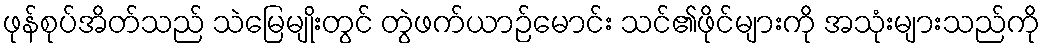
ဖုန်စုပ်အိတ်သည် သဲမြေမျိုးတွင် တွဲဖက်ယာဉ်မောင်း သင်၏ဖိုင်များကို အသုံးများသည်ကို